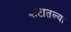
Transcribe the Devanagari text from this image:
थाटातल्या